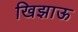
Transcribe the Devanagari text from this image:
खिझाऊ